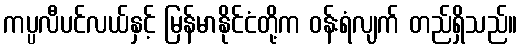
ကပ္ပလီပင်လယ်နှင့် မြန်မာနိုင်ငံတို့က ဝန်းရံလျက် တည်ရှိသည်။